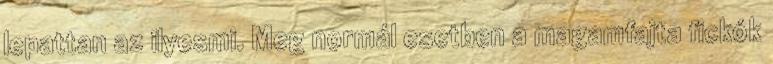
lepattan az ilyesmi. Meg normál esetben a magamfajta fickók